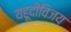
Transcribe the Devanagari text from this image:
यहूदीविजय